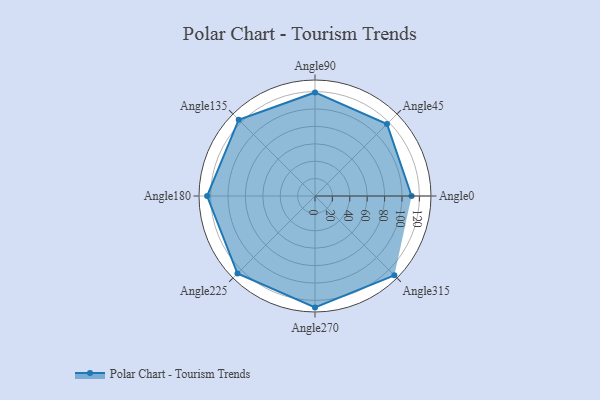
{"axis": {"x": "Angle", "y": "Radius"}, "legend": [""], "data": [{"x": "Angle0", "y": 111.0, "type": ""}, {"x": "Angle45", "y": 117.0, "type": ""}, {"x": "Angle90", "y": 119.0, "type": ""}, {"x": "Angle135", "y": 124.0, "type": ""}, {"x": "Angle180", "y": 124.0, "type": ""}, {"x": "Angle225", "y": 126.0, "type": ""}, {"x": "Angle270", "y": 128.0, "type": ""}, {"x": "Angle315", "y": 129.0, "type": ""}]}